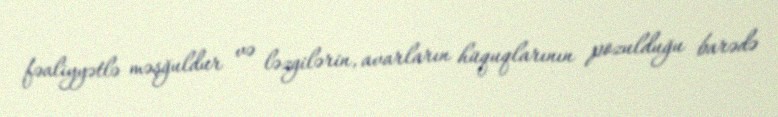
fəaliyyətlə məşğuldur və ləzgilərin, avarların hüquqlarının pozulduğu barədə